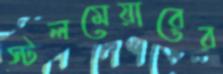
স্টলমেয়ারের